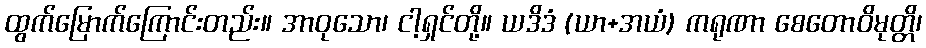
ထွက်မြောက်ကြောင်းတည်း။ အာဝုသော၊ ငါ့ရှင်တို့။ ယဒိဒံ (ယာ+အယံ) ကရုဏာ စေတောဝိမုတ္တိ၊